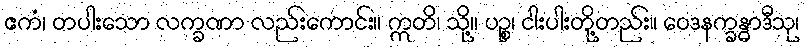
ဧကံ၊ တပါးသော လက္ခဏာ လည်းကောင်း။ ဣတိ၊ သို့။ ပဉ္စ၊ ငါးပါးတို့တည်း။ ဝေဒနက္ခန္ဓာဒီသု၊